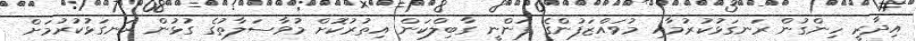
އިދާރީ ހިންގުން ރަނގަޅުކުރުމާއި މުވައްޒަފުންގެ ފަންނީ ގާބިލްކަން އިތުރުކޮށް މުވާސަލާތުގެ ގުޅުން ރަނގަޅުކުރުމަށް